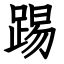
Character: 踢